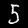
Digit: 5